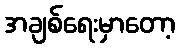
အချစ်ရေးမှာတော့